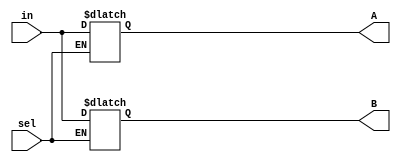
`timescale 1ns / 1ps
//////////////////////////////////////////////////////////////////////////////////
// Company: 
// Engineer: 
// 
// Design Name: 
// Module Name:    demux 
// Project Name: 
// Target Devices: 
// Tool versions: 
// Description: 
//
// Dependencies: 
//
// Revision: 
// Revision 0.01 - File Created
// Additional Comments: 
//
//////////////////////////////////////////////////////////////////////////////////
module demux( input [31:0]in ,input sel,output reg [31:0]A,B
    );


always@(*)
begin
     if(sel)
	  
	  A=in;
	  else
	  B=in;

end 


endmodule